Madras plague regulations in force outside the Presidency town - Volume 1
Disease focus: Plague
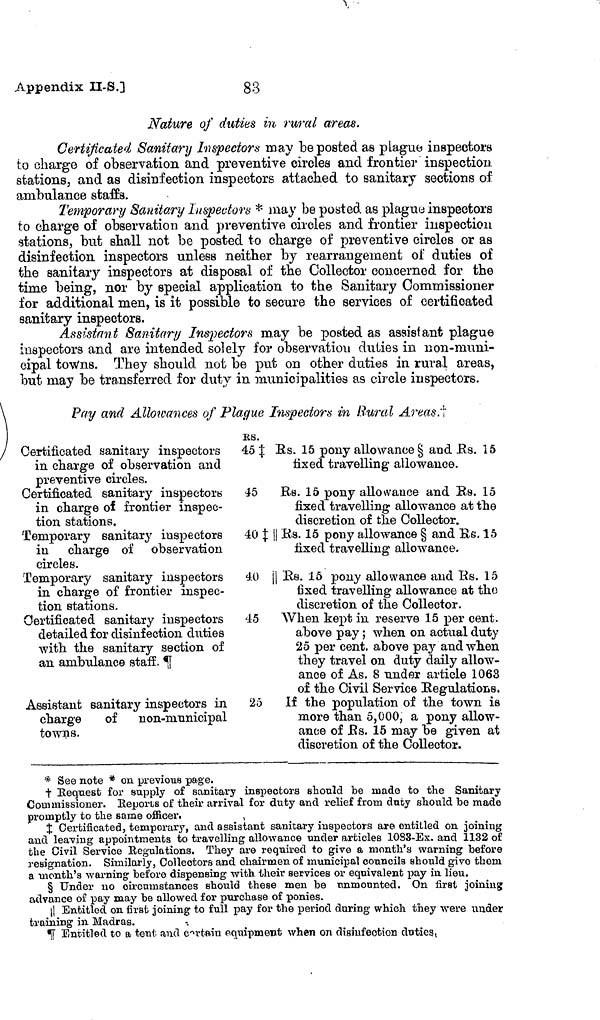
Appendix II-S.]
83
Nature of duties in rural areas.
Certificated Sanitary Inspectors may be posted as plague inspectors
to charge of observation and preventive circles and frontier inspection
stations, and as disinfection inspectors attached to sanitary sections of
ambulance staffs.
Temporary Sanitary Inspectors * may be posted as plague inspectors
to charge of observation and preventive circles and frontier inspection
stations, but shall not be posted to charge of preventive circles or as
disinfection inspectors unless neither by rearrangement oí duties of
the sanitary inspectors at disposal of the Collector concerned for the
time being, nor by special application to the Sanitary Commissioner
for additional men, is it possible to secure the services of certificated
sanitary inspectors.
Assistant Sanitary Inspectors may be posted as assistant plague
inspectors and are intended solely for observation duties in non-muni-
cipal towns. They should not be put on other duties in rural areas,
but may be transferred for duty in municipalities as circle inspectors.
i
Pay and Allowances of Plague Inspectors in Rural Areas:\
\
Certificated sanitary inspectors
in charge of observation and
preventive circles.
Certificated sanitary inspectors
in charge of frontier inspec-
tion stations.
Temporary sanitary inspectors
in charge of observation
circles.
Temporary sanitary inspectors
in charge of frontier inspec-
tion stations.
Certificated sanitary inspectors
detailed for disinfection duties
with the sanitary section of
an ambulance staff.
Assistant sanitary inspectors in
charge
of
non-municipal
towns.
Rs.
45 | Rs. 15 pony allowance § and Rs. 15
fixed travelling allowance.
45 Rs. 15 pony allowance and Rs. 15
fixed travelling allowance at the
discretion of the Collector.
40 ‡ Rs. 15 pony allowance § and Rs.. 15
fixed travelling allowance.
40 ¡j Rs. 15 pony allowance and Rs. 15
fixed travelling allowance at the
discretion of the Collector.
45 When kept in reserve 15 per cent,
above pay ; when on actual duty
25 per cent, above pay and when
they travel on duty daily allow-
ance of As. 8 under article 1063
of the Civil Service Regulations.
25
If the population of the town is
more than 5,000, a pony allow-
ance of Rs. 15 may be given at
discretion of the Collector.
* See note * on previous page.
t Request for supply of sanitary inspectors should be made to the Sanitary
Commissioner. Répons of their arrival for duty and relief from duty should be made
promptly to the same officer.
,
‡ Certificated, temporary, and assistant sanitary inspectors are entitled on joining
and leaving appointments to travelling allowance under articles 1083-Ex. and 1132 of
the Civil Service Regulations. They are required to give a month's warning before
resignation. Similarly, Collectors and chairmen of municipal councils should givo them
a month's warning before dispensing with their services or equivalent pay in lieu.
§ Under no circumstances should these men be unmounted. On first joining
advance of pay may be allowed for purchase of ponies.
¡| Entitled on first joining to full pay for the period daring which they were under
training in Madras.
¶ Entitled to a tent and certain equipment when on disinfection duties,